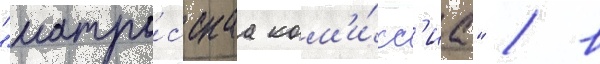
"матро́сскаа ком'и́сс'иа" / в